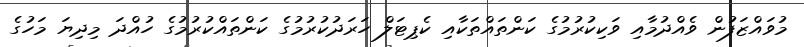
މުވައްޒަފުން ވެއްދުމާއި ވަކިކުރުމުގެ ކަންތައްތަކާއި ކެޕިޓަލް ހަރަދުކުރުމުގެ ކަންތައްކުރުމުގެ ހުއްދަ މިދިޔަ މަހުގެ